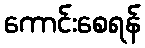
ကောင်းစေရန်